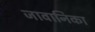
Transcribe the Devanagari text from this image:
जावानिका